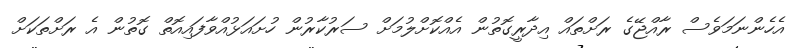
އެހެންނަމަވެސް ރާއްޖޭގެ ރަށްތައް އިދާރީގޮތުން އެއްކޮށްލުމަށް ސަރުކާރުން ހުށައަޅުއްވާފައިއޮތް ގޮތުން އެ ރަށްތަކަށް